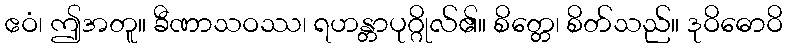
ဧဝံ၊ ဤအတူ။ ခီဏာသဝဿ၊ ရဟန္တာပုဂ္ဂိုလ်၏။ စိတ္တေ၊ စိတ်သည်။ ဒုဝိဓောဝိ